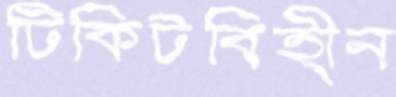
টিকিটবিহীন